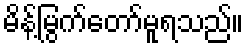
မိန့်မြွက်တော်မူရသည်။